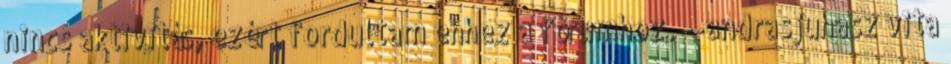
nincs aktivitás, ezért fordultam ehhez a fórumhoz. --andrasjuhasz vita